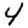
Digit: 4